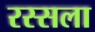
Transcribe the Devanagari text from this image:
रस्सला